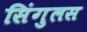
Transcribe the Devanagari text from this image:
सिंगुलस